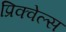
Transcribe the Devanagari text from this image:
प्रिक्वेल्स